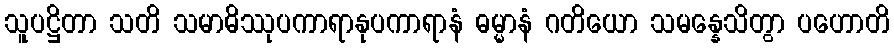
သူပဋ္ဌိတာ သတိ သမာဓိဿုပကာရာနုပကာရာနံ ဓမ္မာနံ ဂတိယော သမန္နေသိတွာ ပဟောတိ